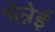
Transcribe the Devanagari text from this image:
चेन्नेई